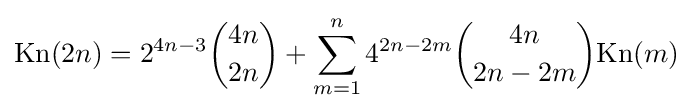
{\text{Kn}}(2n)=2^{4n-3}{\binom {4n}{2n}}+\sum _{m=1}^{n}4^{2n-2m}{\binom {4n}{2n-2m}}{\text{Kn}}(m)